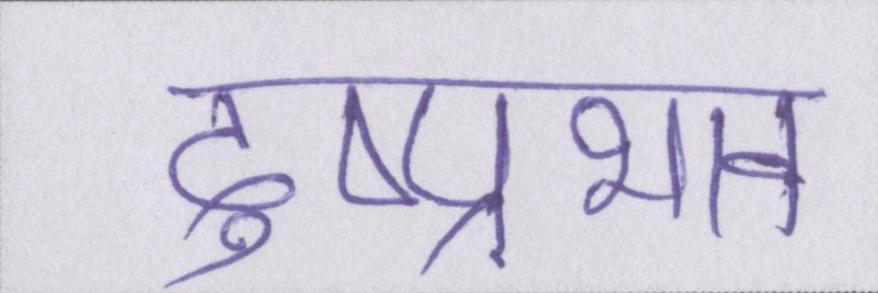
दुष्प्रभाव